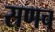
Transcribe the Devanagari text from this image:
सणच